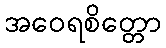
အဝေရစိတ္တော